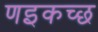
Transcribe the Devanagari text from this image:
णइकच्छ